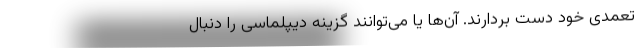
تعمدی خود دست بردارند. آن‌ها یا می‌توانند گزینه دیپلماسی را دنبال